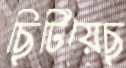
ছিটিয়েছ